Civil Veterinary Department Bihar reports 1936-40 - 1936-1940
Year: 1936
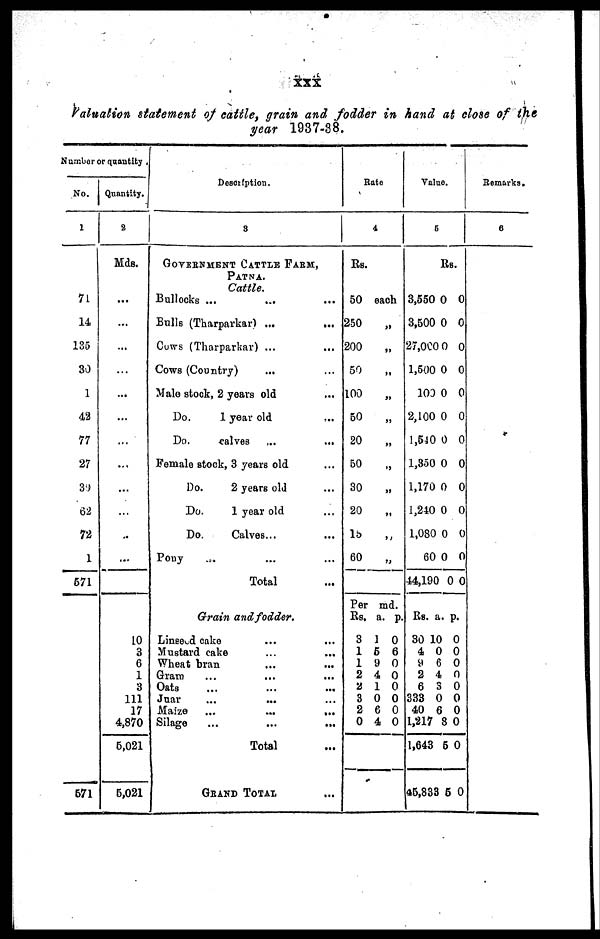
xxx
Valuation statement of cattle, grain and fodder in hand at close of the
year 1937-38.
Number or quantity
No.
1
71
14
135
30
1
42
77
27
39
62
72
1
571
571
Quantity.
2
Mds.
...
...
...
...
...
...
...
...
...
...
..
...
10
3
6
1
3
111
17
4,870
5,021
5,021
Description.
3
GOVERNMENT CATTLE FARM,
PATNA.
Cattle.
Bullocks ... ... ...
Bulls (Tharparkar) ... ...
Cows (Tharparkar) ... ...
Cows (Country) ... ...
Male stock, 2 years old ...
Do.
1 year old ...
Do.
calves
...
...
Female stock, 3 years old ...
Do.
2 years old ...
Do.
1 year old ...
Do.
Calves... ...
Pony ... ... ...
Total ...
Grain and fodder.
Linseed cake
...
...
Mustard cake ... ...
Wheat bran ... ...
Gram ... ... ...
Oats ... ... ...
Juar ... ... ...
Maize
...
...
...
Silage
...
...
...
Total ...
GRAND TOTAL ...
Rate
4
Rs.
50 each
250 „
200 „
50 „
100 „
50 „
20 „
50 „
30 „
20 „
15 „
60 „
Per
Rs.
3
1
1
2
2
3
2
0
md.
a.
1
5
9
4
1
0
0
4
p.
0
6
0
0
0
0
0
0
Value.
5
Rs.
3,550
3,500
27,000
1,500
100
2,100
1,540
1,350
1,170
1,240
1,080
60
44,190
RS.
30 1
4
9
2
6
333
40
1,217
1,643
45,833
0
0
0
0
0
0
0
0
0
0
0
0
0
a.
0
0
6
4
3
0
6
8
5
5
0
0
0
0
0
0
0
0
0
0
0
0
0
p.
0
0
0
0
0
0
0
0
0
0
Remarks.
6